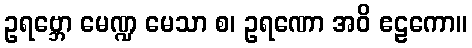
ဥရဗ္ဘော မေဏ္ဍ မေသာ စ၊ ဥရဏော အဝိ ဧဠကော။